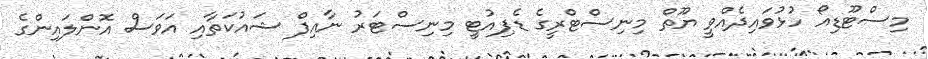
މިސްޓޫޑިއޯ ހުޅުވައިދެއްވީ ޔޫތް މިނިސްޓްރީގެ ޑެޕިއުޓީ މިނިސްޓަރު ނާއިފް ޝައުކަތާއި އަވަސް އޮންލައިންގެ